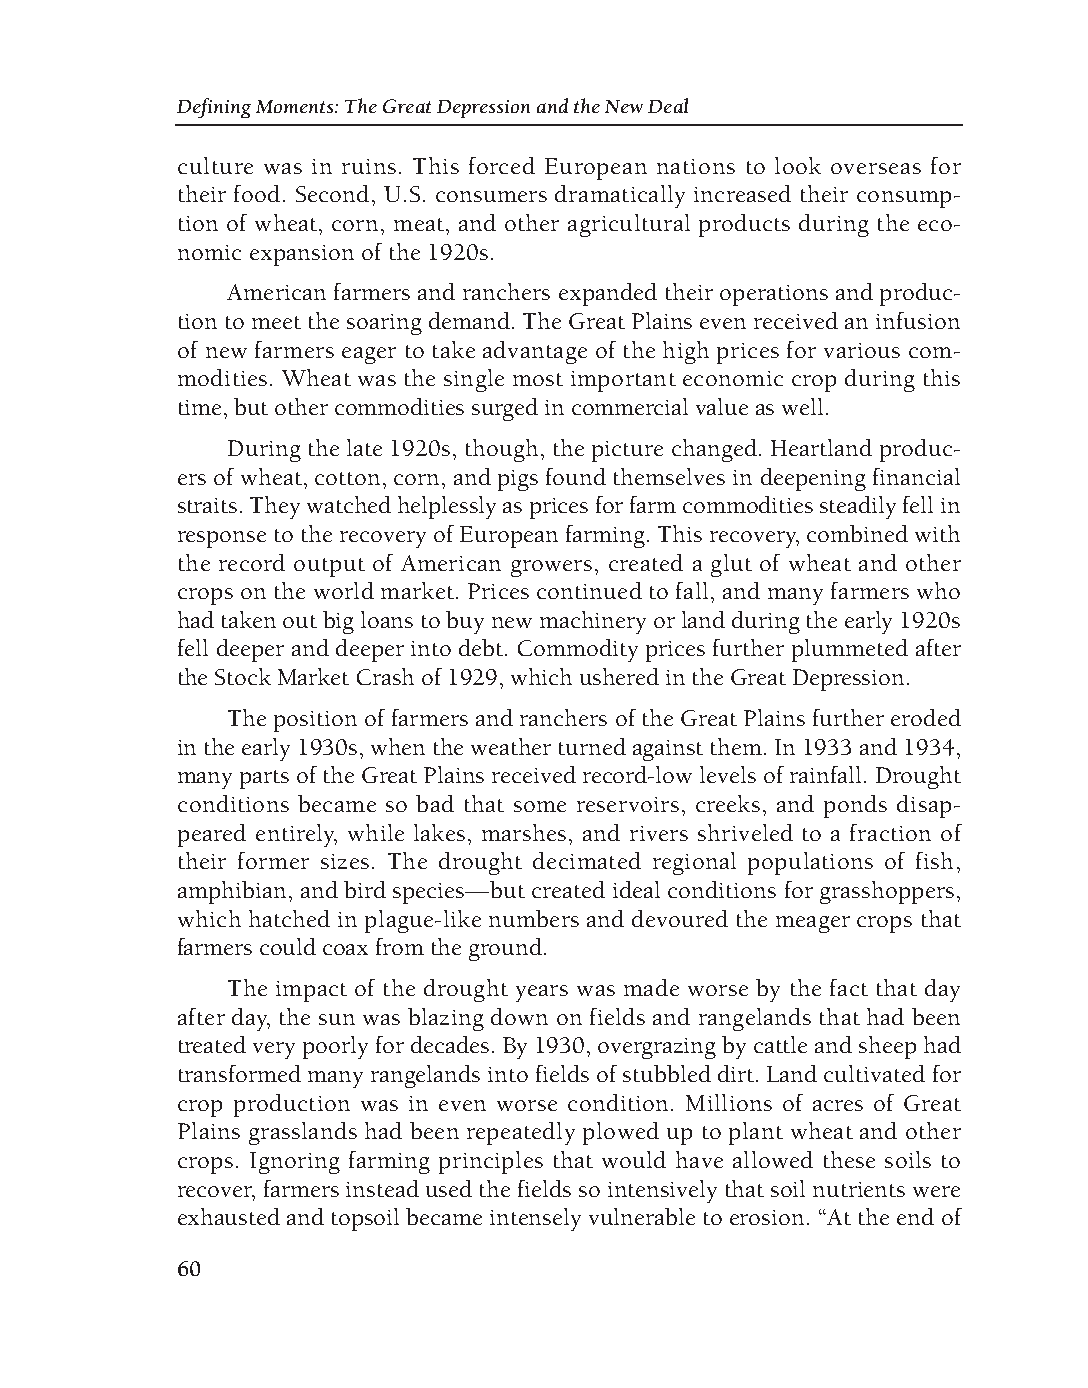
DM - Depression 9/19/08 3:56 PM Page 60
 Defining Moments: The Great Depression and the New Deal
 culture was in ruins. This forced European nations to look overseas for
 their food. Second, U.S. consumers dramatically increased their consump-
 tion of wheat, corn, meat, and other agricultural products during the eco-
 nomic expansion of the 1920s.
 American farmers and ranchers expanded their operations and produc-
 tion to meet the soaring demand. The Great Plains even received an infusion
 of new farmers eager to take advantage of the high prices for various com-
 modities. Wheat was the single most important economic crop during this
 time, but other commodities surged in commercial value as well.
 During the late 1920s, though, the picture changed. Heartland produc-
 ers of wheat, cotton, corn, and pigs found themselves in deepening financial
 straits. They watched helplessly as prices for farm commodities steadily fell in
 response to the recovery of European farming. This recovery, combined with
 the record output of American growers, created a glut of wheat and other
 crops on the world market. Prices continued to fall, and many farmers who
 had taken out big loans to buy new machinery or land during the early 1920s
 fell deeper and deeper into debt. Commodity prices further plummeted after
 the Stock Market Crash of 1929, which ushered in the Great Depression.
 The position of farmers and ranchers of the Great Plains further eroded
 in the early 1930s, when the weather turned against them. In 1933 and 1934,
 many parts of the Great Plains received record-low levels of rainfall. Drought
 conditions became so bad that some reservoirs, creeks, and ponds disap-
 peared entirely, while lakes, marshes, and rivers shriveled to a fraction of
 their former sizes. The drought decimated regional populations of fish,
 amphibian, and bird species—but created ideal conditions for grasshoppers,
 which hatched in plague-like numbers and devoured the meager crops that
 farmers could coax from the ground.
 The impact of the drought years was made worse by the fact that day
 after day, the sun was blazing down on fields and rangelands that had been
 treated very poorly for decades. By 1930, overgrazing by cattle and sheep had
 transformed many rangelands into fields of stubbled dirt. Land cultivated for
 crop production was in even worse condition. Millions of acres of Great
 Plains grasslands had been repeatedly plowed up to plant wheat and other
 crops. Ignoring farming principles that would have allowed these soils to
 recover, farmers instead used the fields so intensively that soil nutrients were
 exhausted and topsoil became intensely vulnerable to erosion. “At the end of
 60